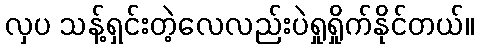
လှပ သန့်ရှင်းတဲ့လေလည်းပဲရှုရှိုက်နိုင်တယ်။